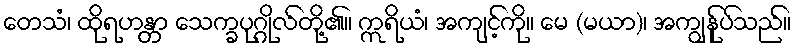
တေသံ၊ ထိုရဟန္တာ သေက္ခပုဂ္ဂိုလ်တို့၏။ ဣရိယံ၊ အကျင့်ကို။ မေ (မယာ)၊ အကျွန်ုပ်သည်။